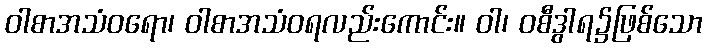
ဝါစာအသံဝရော၊ ဝါစာအသံဝရလည်းကောင်း။ ဝါ၊ ဝစီဒွါရ၌ဖြစ်သော